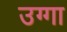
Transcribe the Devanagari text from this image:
उग्गा